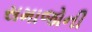
સમાજોની